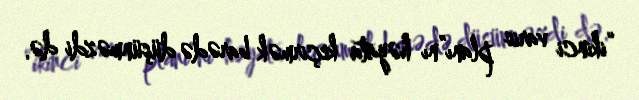
“ikinci varis planı”nı həyata keçirmək barədə düşünməzdi də.